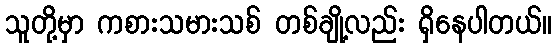
သူတို့မှာ ကစားသမားသစ် တစ်ချို့လည်း ရှိနေပါတယ်။